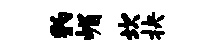
豹嵋坎抉